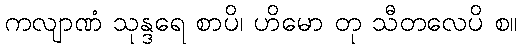
ကလျာဏံ သုန္ဒရေ စာပိ၊ ဟိမော တု သီတလေပိ စ။